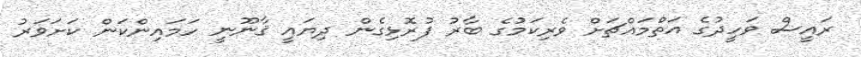
ރައީސް ވަހީދުގެ އަތްމައްޗަށް ވެރިކަމުގެ ބާރު ފުރޮޅިގެން ދިޔައީ ޤާނޫނީ ހަމައިންކަން ކަށަވަރު